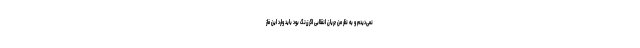
نمی‌دیدم و به نظر من جریان انقلابی اگر زرنگ بود باید وارد این فاز